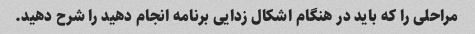
مراحلی را که باید در هنگام اشکال زدایی برنامه انجام دهید را شرح دهید.